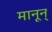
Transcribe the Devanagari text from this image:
मानून्